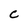
Character: C